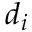
d _ { i }